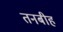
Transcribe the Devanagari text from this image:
तनबीह